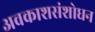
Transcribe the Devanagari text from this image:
अवकाशसंशोधन